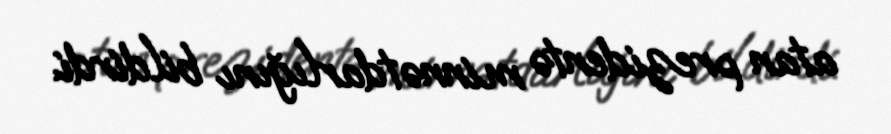
atan prezidentə minnətdarlığını bildirdi.